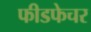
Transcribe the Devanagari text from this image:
फीडफेचर